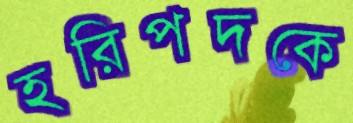
হরিপদকে